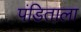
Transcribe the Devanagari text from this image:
पंडिताला